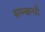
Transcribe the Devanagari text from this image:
सम्न्बन्धी